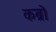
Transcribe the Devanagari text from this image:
कब्रो